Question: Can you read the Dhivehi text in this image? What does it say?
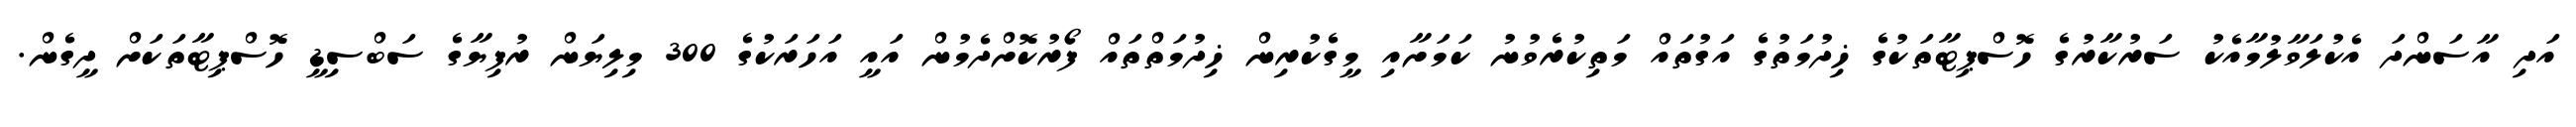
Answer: އަދި އާސަންދަ އެކުލަވާލުމާއެކު ސަރުކާރުގެ ހޮސްޕިޓާތަކުގެ ޚިދުމަތުގެ އަގުތައް މަތިކުރެވުނު ކަމަށާއި މީގެކުރިން ޚިދުމަތްތައް ފޯރުކޮށްދެމުން އައީ އަހަރަކުގެ 300 މިލިޔަން ރުފިޔާގެ ސަބްސިޑީ ހޮސްޕިޓާތަކަށް ދީގެން.